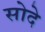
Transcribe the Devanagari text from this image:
सोदे